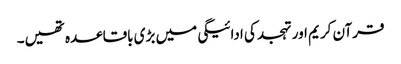
قرآن کریم اور تہجد کی ادائیگی میں بڑی باقاعدہ تھیں۔